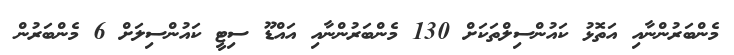
މެންބަރުންނާއި އަތޮޅު ކައުންސިލްތަކަށް 130 މެންބަރުންނާއި އައްޑޫ ސިޓީ ކައުންސިލަށް 6 މެންބަރުން